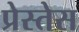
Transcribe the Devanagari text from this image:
प्रेस्तेस